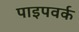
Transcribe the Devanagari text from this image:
पाइपवर्क